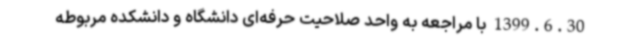
1399.6.30 با مراجعه به واحد صلاحیت حرفه‌ای دانشگاه و دانشکده مربوطه